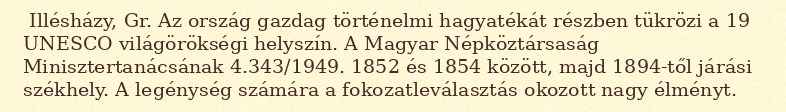
Illésházy, Gr. Az ország gazdag történelmi hagyatékát részben tükrözi a 19 UNESCO világörökségi helyszín. A Magyar Népköztársaság Minisztertanácsának 4.343/1949. 1852 és 1854 között, majd 1894-től járási székhely. A legénység számára a fokozatleválasztás okozott nagy élményt.